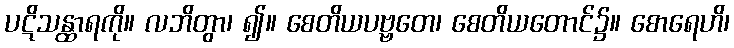
ပဋိသန္ထာရကို။ လဘိတွာ၊ ၍။ စေတိယပဗ္ဗတေ၊ စေတိယတောင်၌။ စောရေဟိ၊